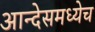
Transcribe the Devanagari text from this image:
आन्देसमध्येच